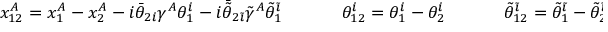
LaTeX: \begin{array} { c c c } { { x _ { 1 2 } ^ { A } = x _ { 1 } ^ { A } - x _ { 2 } ^ { A } - i \bar { \theta } _ { 2 i } \gamma ^ { A } \theta _ { 1 } ^ { i } - i \bar { \tilde { \theta } } _ { 2 \tilde { \imath } } \tilde { \gamma } ^ { A } \tilde { \theta } _ { 1 } ^ { \tilde { \imath } } ~ ~ ~ ~ } } & { { ~ ~ ~ \theta _ { 1 2 } ^ { i } = \theta _ { 1 } ^ { i } - \theta _ { 2 } ^ { i } ~ ~ ~ ~ } } & { { ~ ~ ~ \tilde { \theta } _ { 1 2 } ^ { \tilde { \imath } } = \tilde { \theta } _ { 1 } ^ { \tilde { \imath } } - \tilde { \theta } _ { 2 } ^ { \tilde { \imath } } } } \end{array}